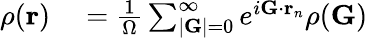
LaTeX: \begin{array}{rl}{\rho(\mathbf{r})}&{{}=\frac{1}{\Omega}\sum_{|\mathbf{G}|=0}^{\infty}e^{i\mathbf{G}\cdot\mathbf{r}_{n}}\rho(\mathbf{G})}\end{array}